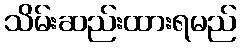
သိမ်းဆည်းထားရမည်